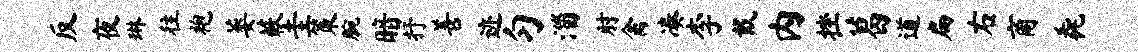
反夜琳往袍萎蔌圭策腕暗抒善迹匀淄肘禽凑李戴内挫葛道扁右商毳